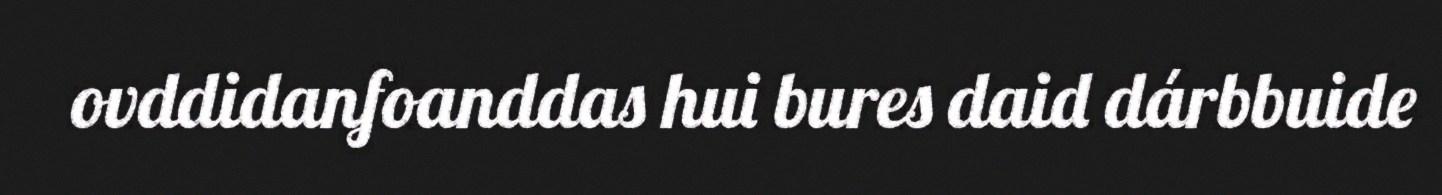
ovddidanfoanddas hui bures daid dárbbuide